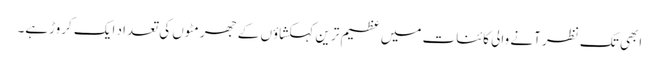
ابھی تک نظر آنے والی کائنات میں عظیم ترین کہکشاؤں کے جھرمٹوں کی تعداد ایک کروڑہے۔